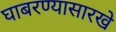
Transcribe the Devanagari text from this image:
घाबरण्यासारखे